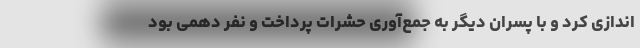
اندازی کرد و با پسران دیگر به جمع‌آوری حشرات پرداخت و نفر دهمی بود